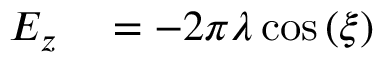
\begin{array} { r l } { E _ { z } } & { { } = - 2 \pi \lambda \cos \left( \xi \right) } \end{array}